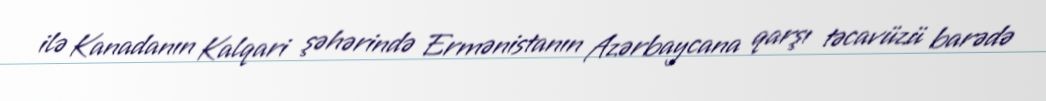
ilə Kanadanın Kalqari şəhərində Ermənistanın Azərbaycana qarşı təcavüzü barədə